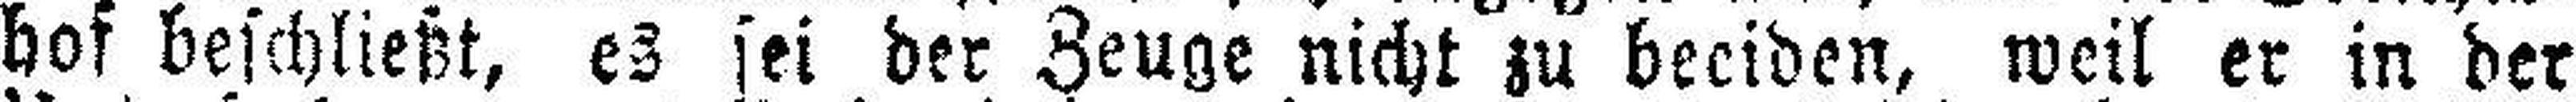
hof beschließt, es sei der Zeuge nicht zu beeiden, weil er in der